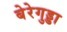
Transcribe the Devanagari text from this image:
बेरेगुड्डा